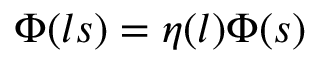
\Phi ( l s ) = \eta ( l ) \Phi ( s )